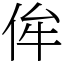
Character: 侔